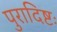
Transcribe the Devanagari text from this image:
पुरादिष्टः